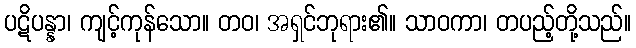
ပဋိပန္နာ၊ ကျင့်ကုန်သော။ တဝ၊ အရှင်ဘုရား၏။ သာဝကာ၊ တပည့်တို့သည်။